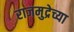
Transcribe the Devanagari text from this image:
राजमुद्रेच्या